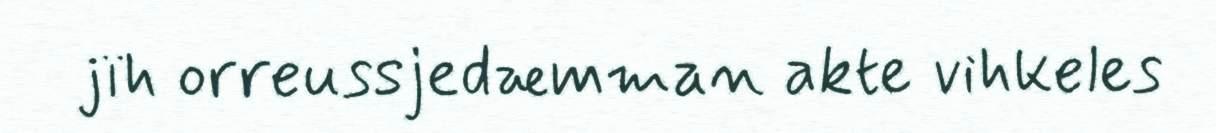
jïh orreussjedæmman akte vihkeles